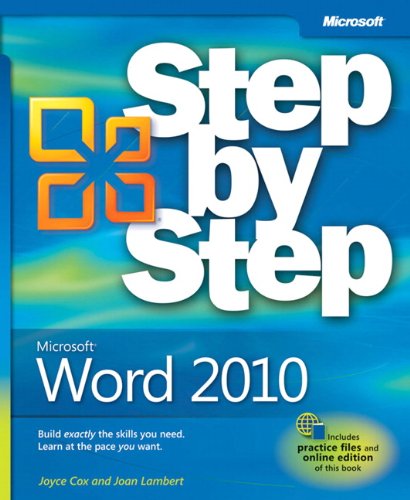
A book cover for Microsoft Word 2010 (Step by Step); Joyce Cox; Computers & Technology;